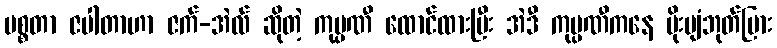
မစ္စတာ ဇပါတာဟာ ဇက်-အဲလ် ဆိုတဲ့ ကုမ္ပဏီ ထောင်ထားပြီး အဲဒီ ကုမ္ပဏီကနေ မိုးပျံဘုတ်ပြား